Annual administration report of the Civil Veterinary Department of India - 1896-1897
Year: 1896
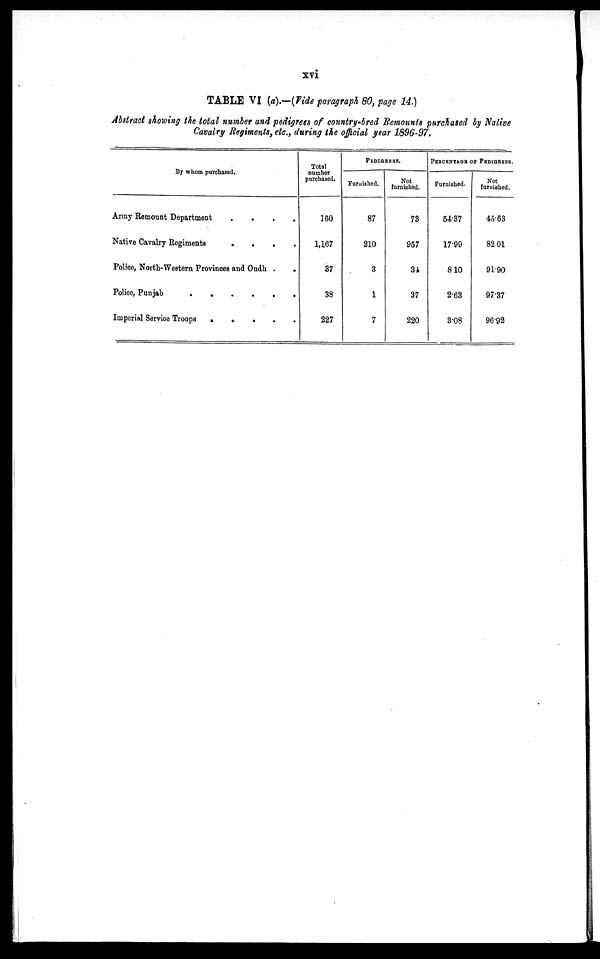
xvi
TABLE VI (a).—(Vide paragraph 80, page 14.)
Abstract showing the total number and pedigrees of country-bred Remounts purchased by Native
Cavalry Regiments, etc., during the official year 1896-97.
By whom purchased.
Army Remount Department
.
.
. .
Native Cavalry Regiments
.
.
.
.
Police, North-Western Provinces and Oudh .
.
Police, Punjab
.
.
.
.
.
.
Imperial Service Troops
.
.
.
.
.
Total
number
purchased.
160
1,167
37
38
227
PEDIGREES.
Furbished.
87
210
3
1
7
Not
furnished.
73
957
34
37
220
PERCENTAGE OF PEDIGREES.
Furnished.
54.37
17.99
8.10
2.63
3.08
Not
furuished.
45.63
82.01
91.90
97.37
96.92